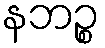
နဘဉ္စ